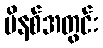
မိနစ်အတွင်း